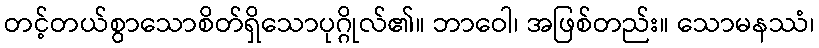
တင့်တယ်စွာသောစိတ်ရှိသောပုဂ္ဂိုလ်၏။ ဘာဝေါ၊ အဖြစ်တည်း။ သောမနဿံ၊